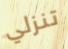
تنزلي